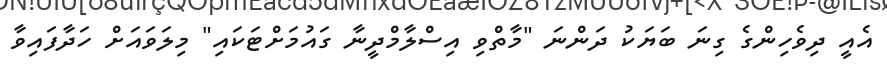
އެއީ ދިވެހިންގެ ގިނަ ބަޔަކު ދަންނަ "މާތްވި އިސްލާމްދީނާ ގައުމަށްޓަކައި" މިލަވައަށް ހަދާފައިވާ